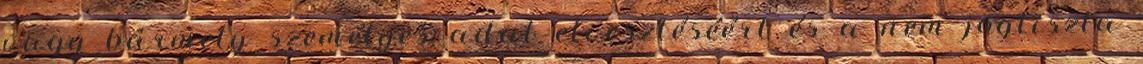
vagy bármely személyes adat elvesztéséért és a nem jogtiszta